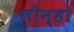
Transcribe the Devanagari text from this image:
लीन्‍हो